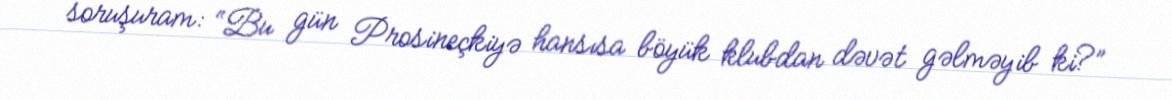
soruşuram: “Bu gün Prosineçkiyə hansısa böyük klubdan dəvət gəlməyib ki?”